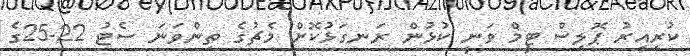
ކުރިއިރު ޕޮލިސް ޓީމް ވަނީ ކުޅުން ރަނގަޅުކޮށް މެޗުގެ ތިންވަނަ ސެޓު 22-25ގެ